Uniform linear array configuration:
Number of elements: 32
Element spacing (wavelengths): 0.75
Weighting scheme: exponential
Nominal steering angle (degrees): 15
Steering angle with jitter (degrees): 16.36
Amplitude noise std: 0.05
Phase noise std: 0.05

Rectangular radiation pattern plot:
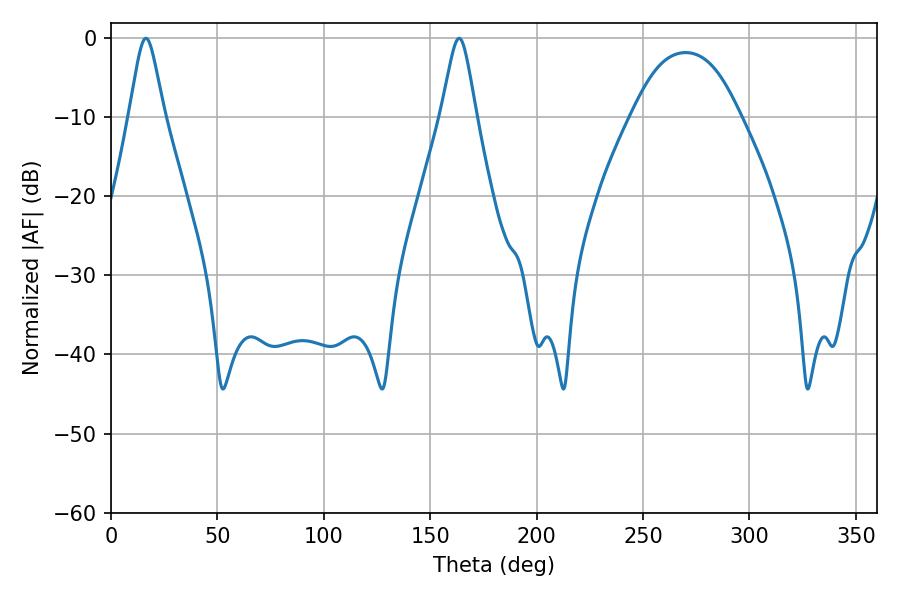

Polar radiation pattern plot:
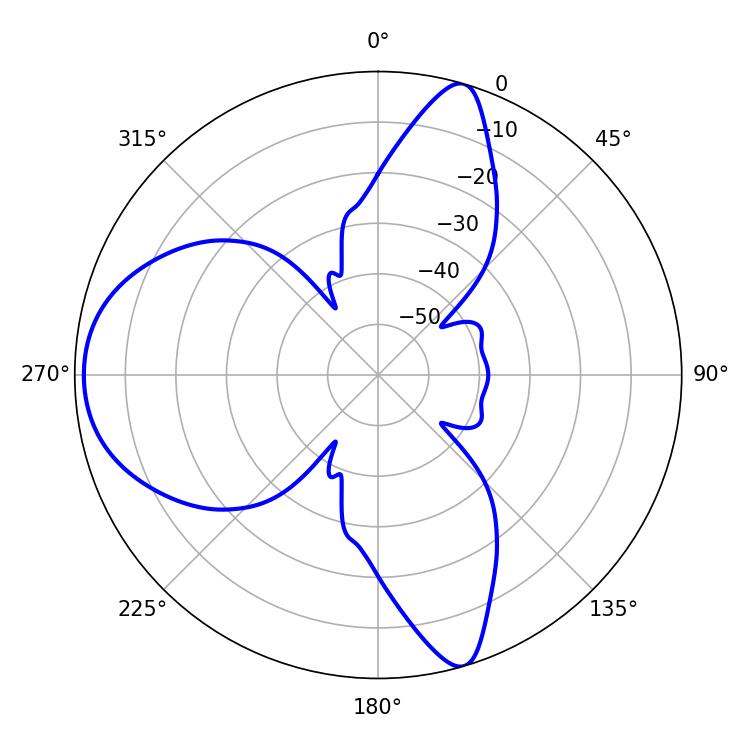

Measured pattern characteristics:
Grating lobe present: TRUE
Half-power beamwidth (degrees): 7.92
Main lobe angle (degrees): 16.38